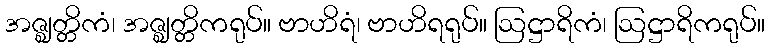
အဇ္ဈတ္တိကံ၊ အဇ္ဈတ္တိကရုပ်။ ဗာဟိရံ၊ ဗာဟိရရုပ်။ ဩဋ္ဌာရိကံ၊ ဩဋ္ဌာရိကရုပ်။